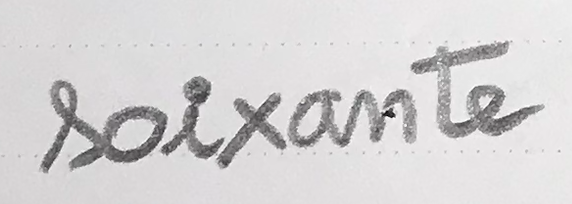
soixante